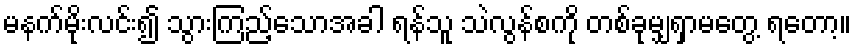
မနက်မိုးလင်း၍ သွားကြည့်သောအခါ ရန်သူ သဲလွန်စကို တစ်ခုမျှရှာမတွေ့ ရတော့။